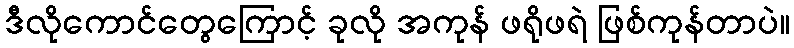
ဒီလိုကောင်တွေကြောင့် ခုလို အကုန် ဖရိုဖရဲ ဖြစ်ကုန်တာပဲ။